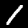
Digit: 1